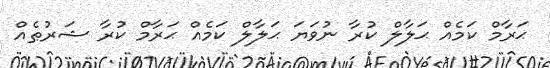
ޙަރާމް ކަމެއް ޙަލާލް ކުރާ ނުވަޔަ ޙަލާލް ކަމެއް ޙަރާމް ކުރާ ޝަރުޠެއް